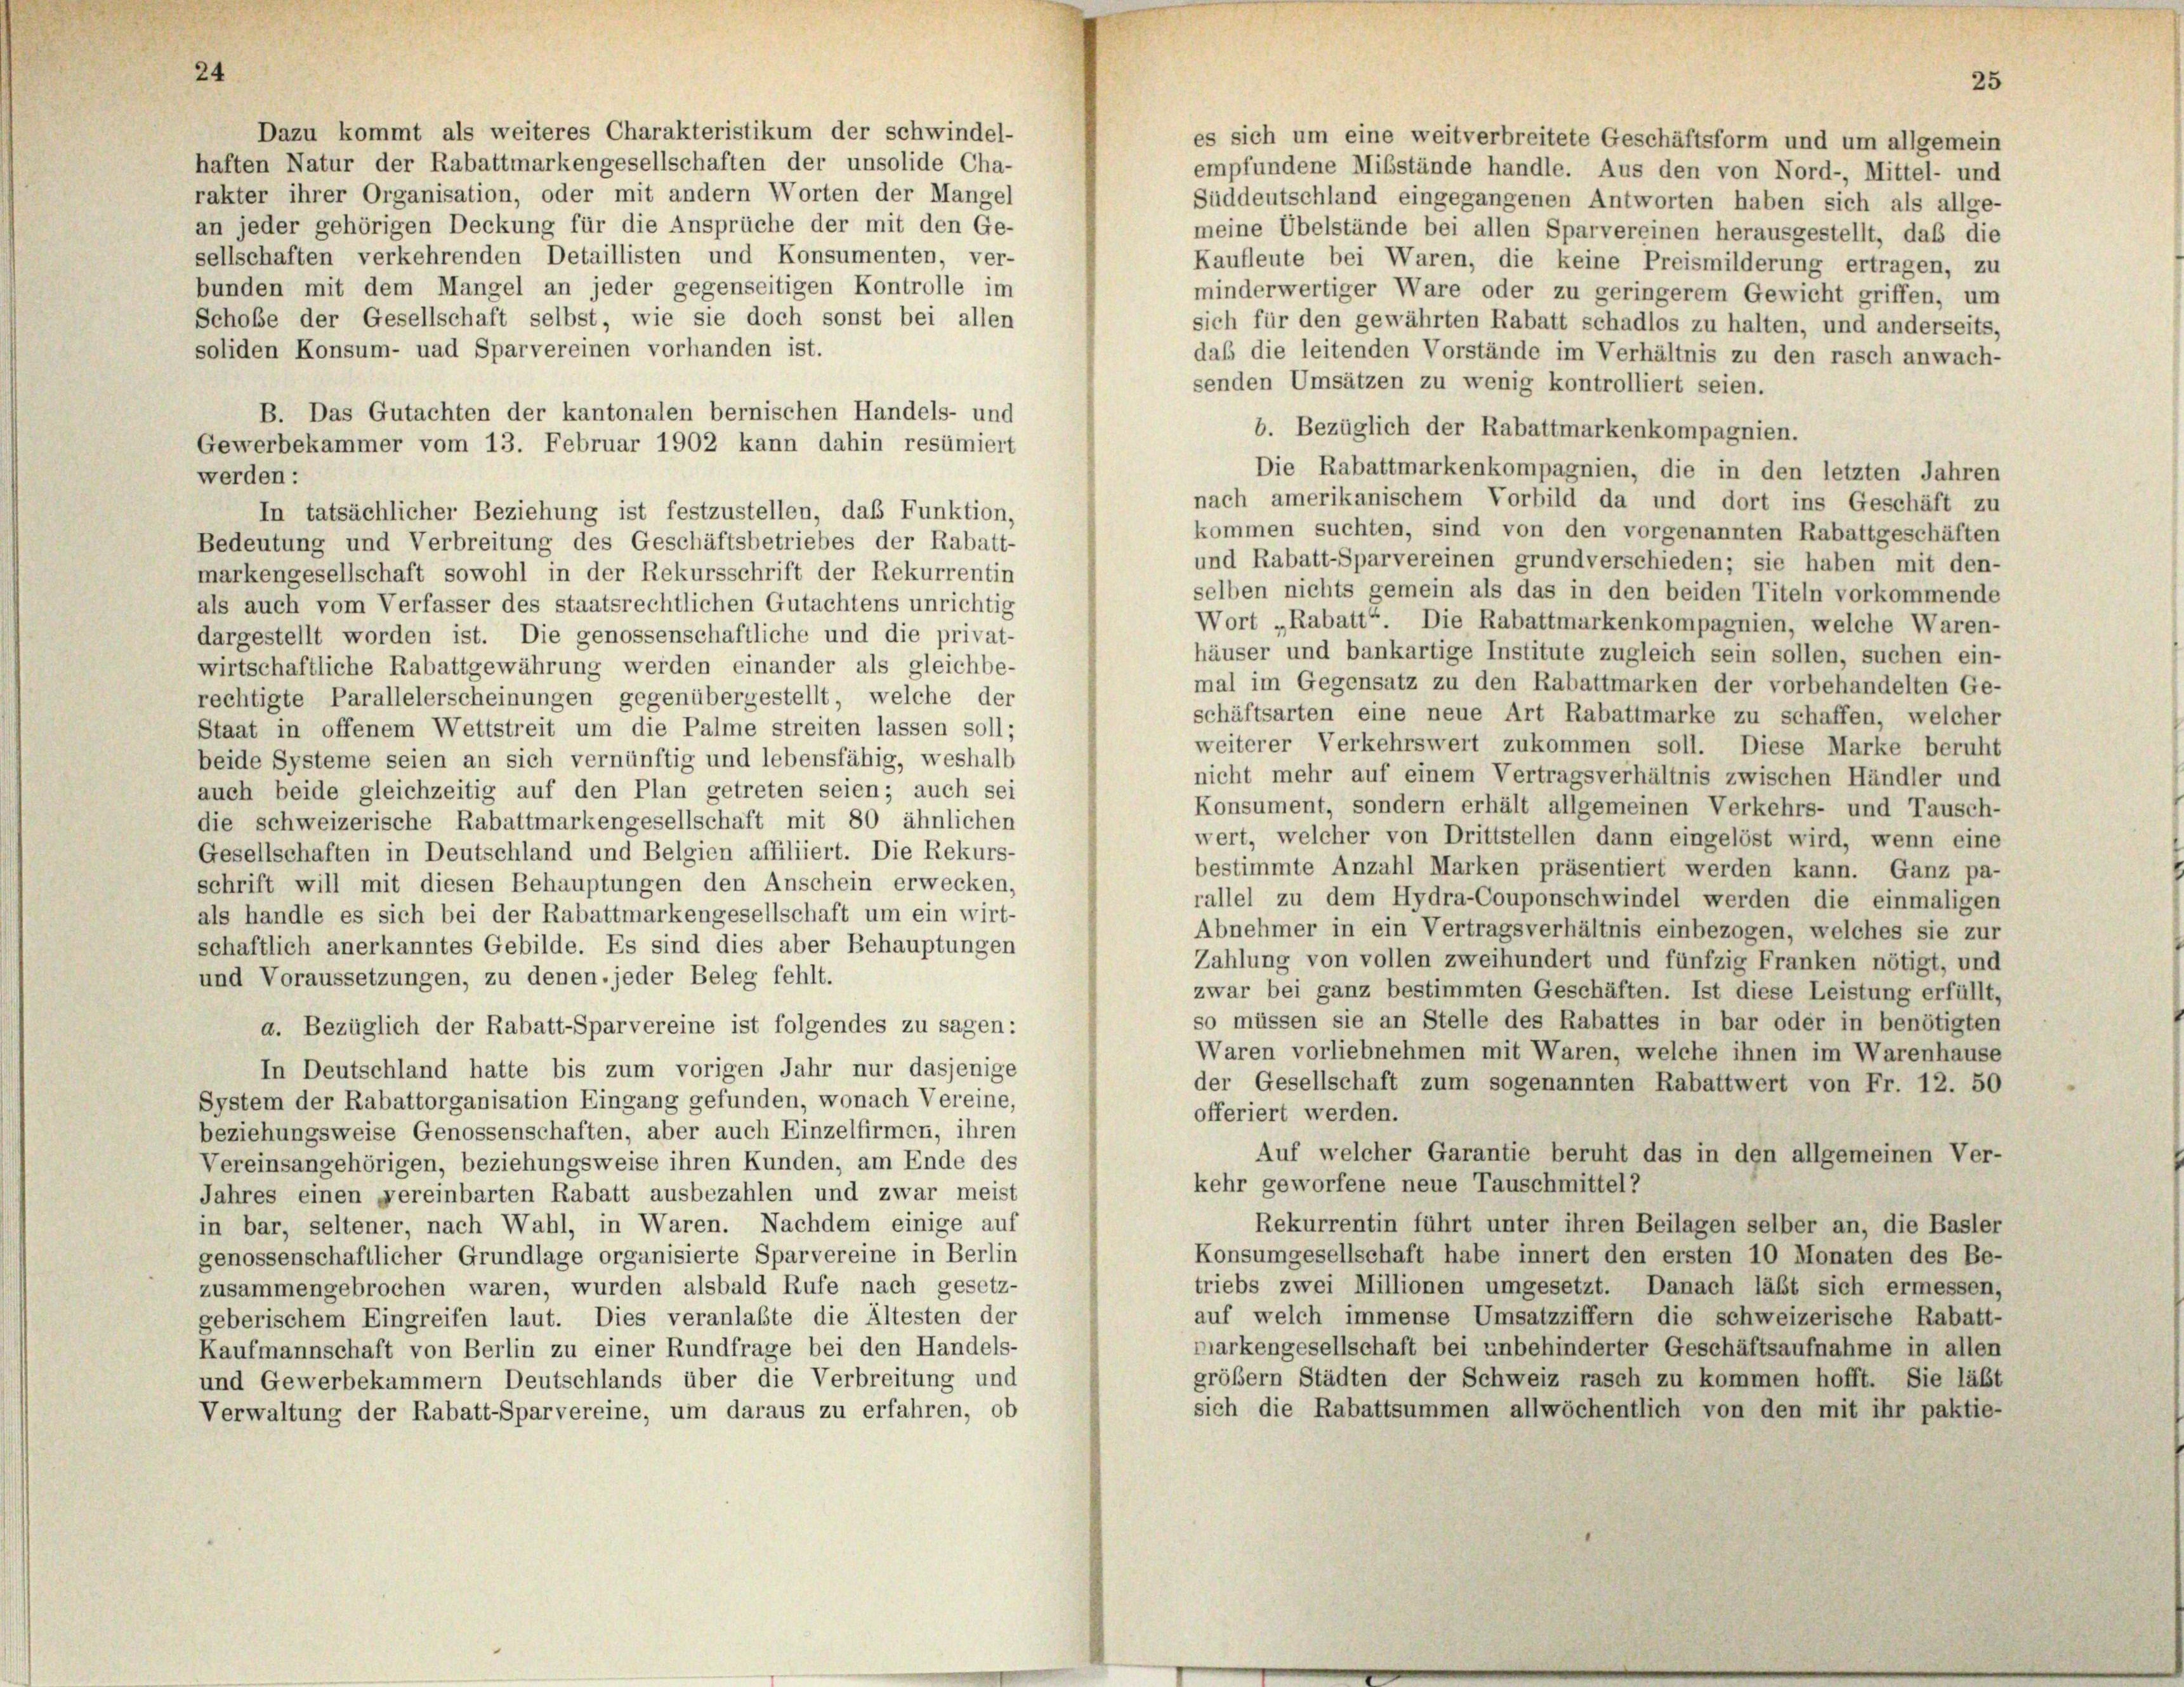
24

Dazu kommt als weiteres Charakteristikum der schwindel-
es sich um eine weitverbreitete Geschäftsform und um allgemein
haften Natur der Rabattmarkengesellschaften der unsolide Cha-
empfundene Mibstände handle. Aus den von Nord-, Mittel- und
rakter ihrer Organisation, oder mit andern Worten der Mangel
Süddeutschland eingegangenen Antworten haben sich als allge-
an jeder gehörigen Deckung für die Ansprüche der mit den Ge-
meine Übelstände bei allen Sparvereinen herausgestellt, daß die
sellschaften verkehrenden Detaillisten und Konsumenten, ver-
Kaufleute bei Waren, die keine Preismilderung ertragen, zu
bunden mit dem Mangel an jeder gegenseitigen Kontrolle im
minderwertiger Ware oder zu geringerem Gewicht griffen, um
Schobe der Gesellschaft selbst, wie sie doch sonst bei allen
sich für den gewährten Rabatt schadlos zu halten, und anderseits,
soliden Konsum- uad Sparvereinen vorhanden ist.
daß die leitenden Vorstände im Verhältnis zu den rasch anwach-
senden Umsätzen zu wenig kontrolliert seien.
B. Das Gutachten der kantonalen bernischen Handels- und
b. Bezüglich der Rabattmarkenkompagnien.
Gewerbekammer vom 13. Februar 1902 kann dahin resümiert
Die Rabattmarkenkompagnien, die in den letzten Jahren
werden:
nach amerikanischem Vorbild da und dort ins Geschäft zu
In tatsächlicher Beziehung ist festzustellen, das Funktion,
kommen suchten, sind von den vorgenannten Rabattgeschäften
Bedeutung und Verbreitung des Geschäftsbetriebes der Rabatt-
und Rabatt-Sparvereinen grundverschieden; sie haben mit den-
markengesellschaft sowohl in der Rekursschrift der Rekurrentin
selben nichts gemein als das in den beiden Titeln vorkommende
als auch vom Verfasser des staatsrechtlichen Gutachtens unrichtig
Wort „Rabatt“ Die Rabattmarkenkompagnien, welche Waren-
dargestellt worden ist. Die genossenschaftliche und die privat-
häuser und bankartige Institute zugleich sein sollen, suchen ein-
wirtschaftliche Rabattgewährung werden einander als gleichbe-
mal im Gegensatz zu den Rabattmarken der vorbehandelten Ge-
rechtigte Parallelerscheinungen gegenübergestellt, welche der
schäftsarten eine neue Art Rabattmarke zu schaffen, welcher
Staat in offenem Wettstreit um die Palme streiten lassen soll;
weiterer Verkehrswert zukommen soll. Diese Marke beruht
beide Systeme seien an sich vernünftig und lebensfähig, weshalb
nicht mehr auf einem Vertragsverhältnis zwischen Händler und
auch beide gleichzeitig auf den Plan getreten seien; auch sei
Konsument, sondern erhält allgemeinen Verkehrs- und Tausch-
die schweizerische Rabattmarkengesellschaft mit 80 ähnlichen
wert, welcher von Drittstellen dann eingelöst wird, wenn eine
Gesellschaften in Deutschland und Belgien affiliiert. Die Rekurs-
bestimmte Anzahl Marken präsentiert werden kann. Ganz pa-
schrift will mit diesen Behauptungen den Anschein erwecken,
rallel zu dem Hydra-Couponschwindel werden die einmaligen
als handle es sich bei der Rabattmarkengesellschaft um ein wirt-
Abnehmer in ein Vertragsverhältnis einbezogen, welches sie zur
schaftlich anerkanntes Gebilde. Es sind dies aber Behauptungen
Zahlung von vollen zweihundert und fünfzig Franken nötigt, und
und Voraussetzungen, zu denen, jeder Beleg fehlt.
zwar bei ganz bestimmten Geschäften. Ist diese Leistung erfüllt,
so müssen sie an Stelle des Rabattes in bar oder in benötigten
a. Bezüglich der Rabatt-Sparvereine ist folgendes zu sagen:
Waren vorliebnehmen mit Waren, welche ihnen im Warenhause
In Deutschland hatte bis zum vorigen Jahr nur dasjenige
der Gesellschaft zum sogenannten Rabattwert von Fr. 12. 50
System der Rabattorganisation Eingang gefunden, wonach Vereine,
offeriert werden.
beziehungsweise Genossenschaften, aber auch Einzelfirmen, ihren
Auf welcher Garantie beruht das in den allgemeinen Ver-
Vereinsangehörigen, beziehungsweise ihren Kunden, am Ende des
kehr geworfene neue Tauschmittel?
Jahres einen vereinbarten Rabatt ausbezahlen und zwar meist
Rekurrentin führt unter ihren Beilagen selber an, die Basler
in bar, seltener, nach Wahl, in Waren. Nachdem einige auf
Konsumgesellschaft habe innert den ersten 10 Monaten des Be-
genossenschaftlicher Grundlage organisierte Sparvereine in Berlin
triebs zwei Millionen umgesetzt. Danach läßt sich ermessen,
zusammengebrochen waren, wurden alsbald Rufe nach gesetz-
auf welch immense Umsatzziffern die schweizerische Rabatt-
geberischem Eingreifen laut. Dies veranlaßte die Ältesten der
markengesellschaft bei unbehinderter Geschäftsaufnahme in allen
Kaufmannschaft von Berlin zu einer Rundfrage bei den Handels-
gröber Städten der Schweiz rasch zu kommen hofft. Sie läßt
und Gewerbekammern Deutschlands über die Verbreitung und
sich die Rabattsummen allwöchentlich von den mit ihr paktie-
Verwaltung der Rabatt-Sparvereine, um daraus zu erfahren, ob